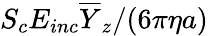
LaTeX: S_{c}E_{inc}\overline{{Y}}_{z}/(6\pi\eta a)